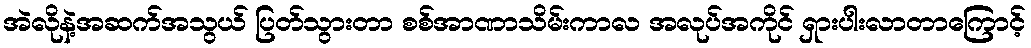
အဲလိုနဲ့အဆက်အသွယ် ပြတ်သွားတာ စစ်အာဏာသိမ်းကာလ အလုပ်အကိုင် ရှားပါးလာတာကြောင့်